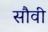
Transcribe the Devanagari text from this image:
सौवी